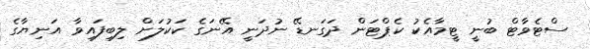
ސްޓެވާޓް ބުނީ ޓީމާއެކު ކެޕްޓަން ދަގަނޑޭ ނުދަނީ އޭނަގެ ކަކުލަށް ލިބިފައިވާ އަނިޔާގެ